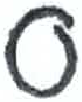
אות: ס